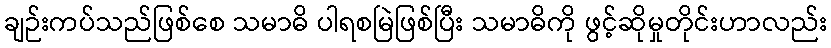
ချဉ်းကပ်သည်ဖြစ်စေ သမာဓိ ပါရစမြဲဖြစ်ပြီး သမာဓိကို ဖွင့်ဆိုမှုတိုင်းဟာလည်း